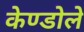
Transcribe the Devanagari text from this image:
केण्डोले